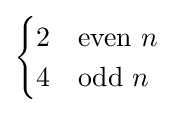
{\begin{cases}2&{\text{even }}n\\4&{\text{odd }}n\end{cases}}